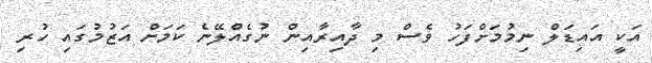
އަކީ އައިޑަލް ނިމުމަށްފަހު ވެސް މި ދާއިރާއިން ނުގެއްލޭނެ ކަމަށް އަޒުމުގައި ހުރި